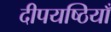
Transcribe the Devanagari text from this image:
दीपयष्ठियाँ